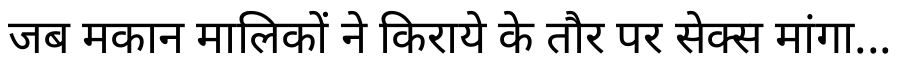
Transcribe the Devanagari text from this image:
जब मकान मालिकों ने किराये के तौर पर सेक्स मांगा...